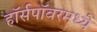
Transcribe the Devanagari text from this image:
हॉर्सपॉवरमध्ये